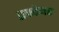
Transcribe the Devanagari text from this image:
एकोनर